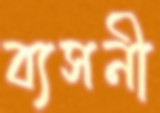
ব্যসনী